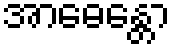
အာဓေန္တော